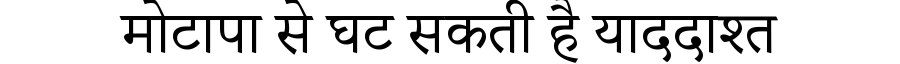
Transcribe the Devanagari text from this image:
मोटापा से घट सकती है याददाश्त